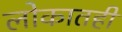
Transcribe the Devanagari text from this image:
लोकातही